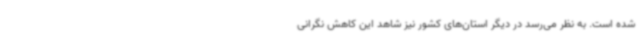
شده است. به نظر می‌رسد در دیگر استان‌های کشور نیز شاهد این کاهش نگرانی